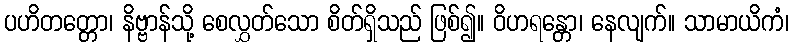
ပဟိတတ္တော၊ နိဗ္ဗာန်သို့ စေလွှတ်သော စိတ်ရှိသည် ဖြစ်၍။ ဝိဟရန္တော၊ နေလျက်။ သာမာယိကံ၊